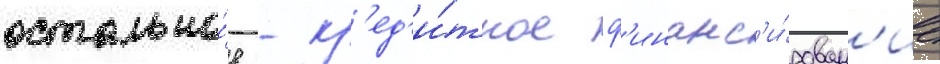
остально́е - кр'ед'и́тное ф'инанс'и́рован'ие